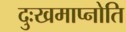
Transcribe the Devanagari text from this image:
दुःखमाप्नोति